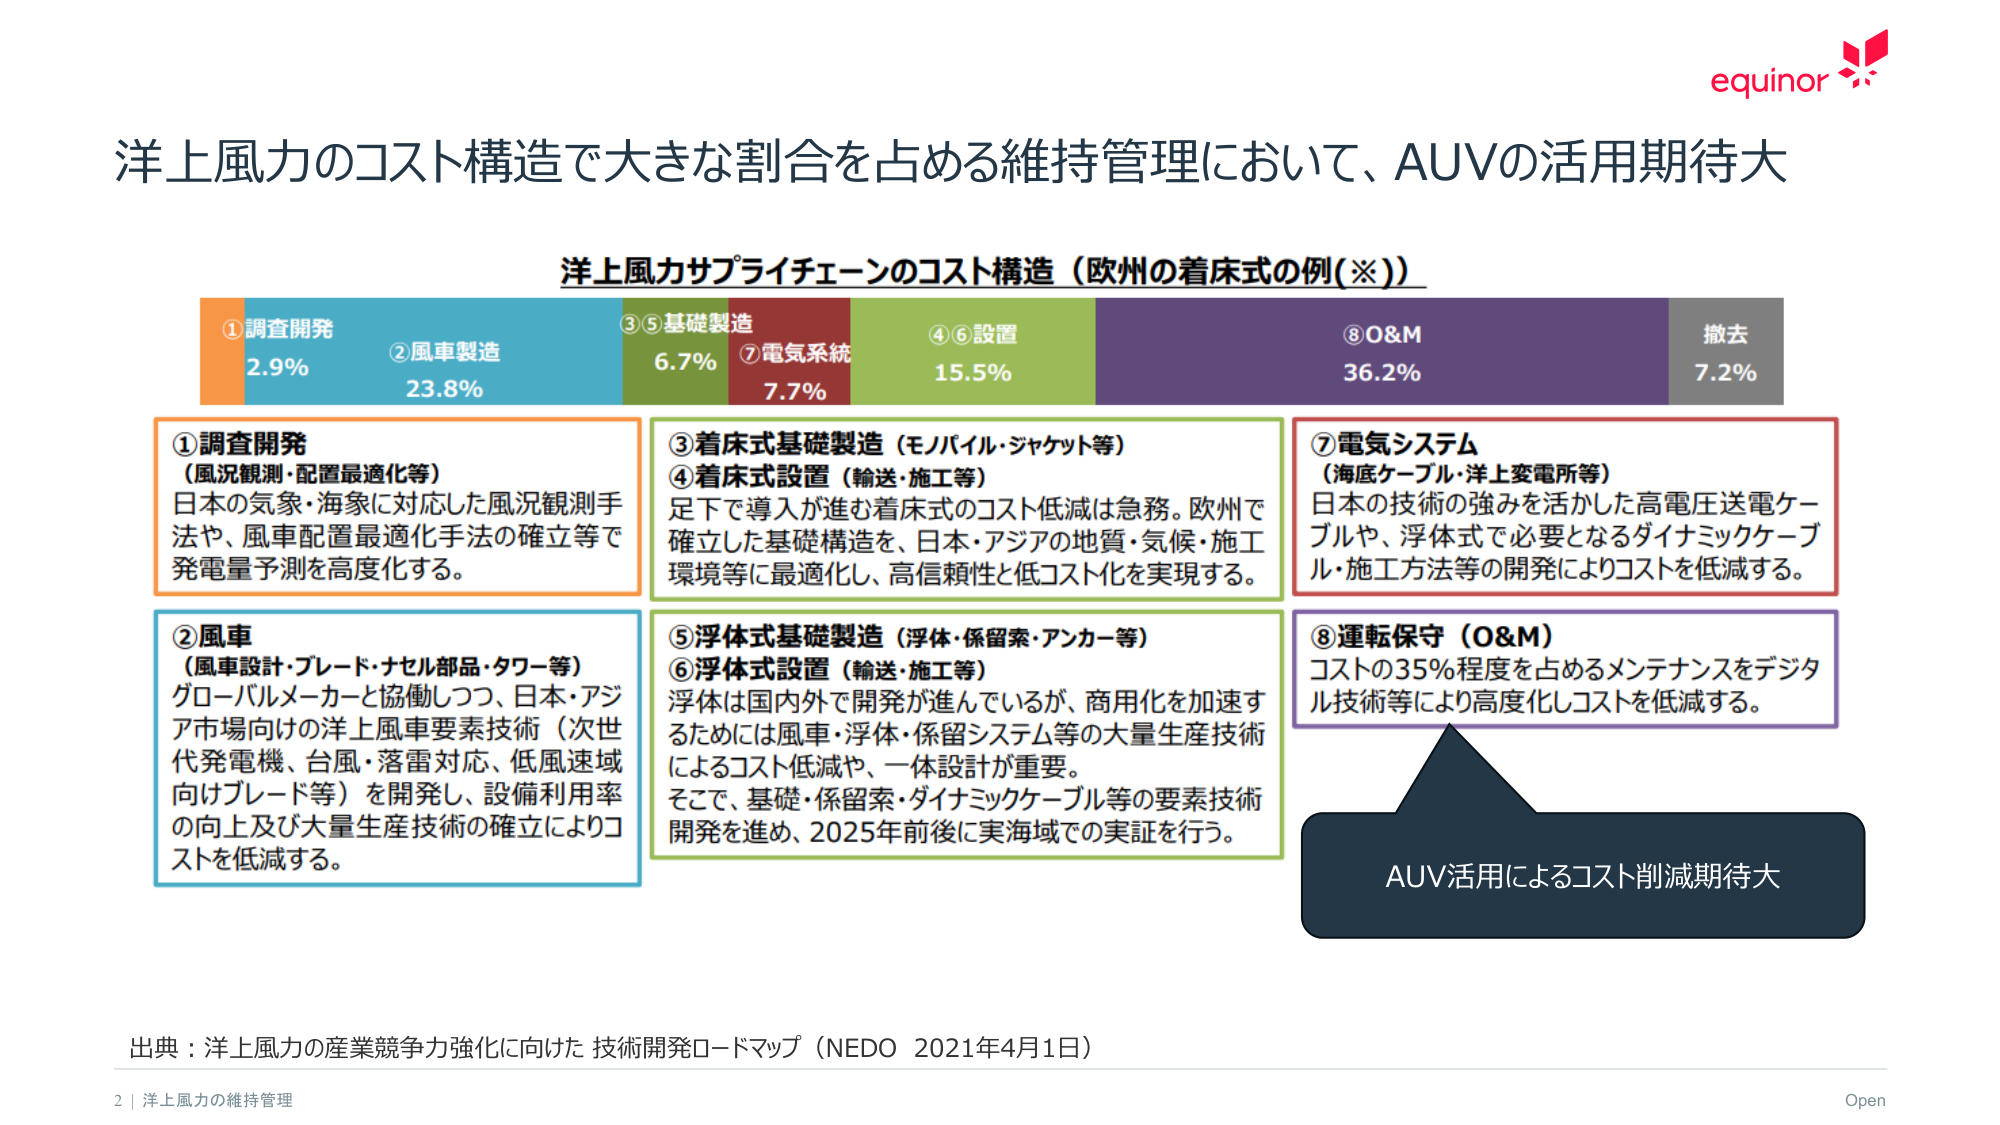
洋上風力のコスト構造で大きな割合を占める維持管理において、AUVの活用期待大

洋上風力サプライチェーンのコスト構造（欧州の着床式の例（※））

①調査開発
2.9%
②風車製造
23.8%
③⑤基礎製造
6.7%
⑦電気系統
7.7%
④⑥設置
15.5%
⑧O&M
36.2%
撤去
7.2%

①調査開発
（風況観測・配置最適化等）
日本の気象・海象に対応した風況観測手法や、風車配置最適化手法の確立等で発電量予測を高度化する。

②風車
（風車設計・ブレード・ナセル部品・タワー等）
グローバルメーカーと協働しつつ、日本・アジア市場向けの洋上風車要素技術（次世代発電機、台風・落雷対応、低風速域向けブレード等）を開発し、設備利用率の向上及び大量生産技術の確立によりコストを低減する。

③着床式基礎製造（モノパイル・ジャケット等）
④着床式設置（輸送・施工等）
足下で導入が進む着床式のコスト低減は急務。欧州で確立した基礎構造を、日本・アジアの地質・気候・施工環境等に最適化し、高信頼性と低コスト化を実現する。

⑤浮体式基礎製造（浮体・係留索・アンカー等）
⑥浮体式設置（輸送・施工等）
浮体は国内外で開発が進んでいるが、商用化を加速するためには風車・浮体・係留システム等の大量生産技術によるコスト低減や、一体設計が重要。
そこで、基礎・係留索・ダイナミックケーブル等の要素技術開発を進め、2025年前後に実海域での実証を行う。

⑦電気システム
（海底ケーブル・洋上変電所等）
日本の技術の強みを活かした高電圧送電ケーブルや、浮体式で必要となるダイナミックケーブル・施工方法等の開発によりコストを低減する。

⑧運転保守（O&M）
コストの35％程度を占めるメンテナンスをデジタル技術等により高度化しコストを低減する。

AUV活用によるコスト削減期待大

出典：洋上風力の産業競争力強化に向けた 技術開発ロードマップ（NEDO 2021年4月1日）

2 | 洋上風力の維持管理
Open
equinor